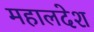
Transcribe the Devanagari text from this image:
महालदेश